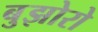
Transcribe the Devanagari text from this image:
बुझोरो